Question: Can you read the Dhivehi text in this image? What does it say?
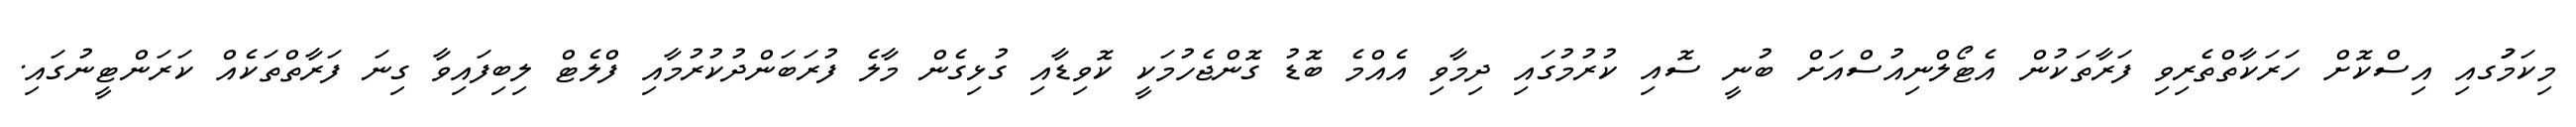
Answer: މިކަމުަގއި އިސްކޮށް ހަރަކާތްތެރިވި ފަރާތަކުން އެޓޯލްނިއުސްއަށް ބުނީ ސޮއި ކުރުމުގައި ދިމާވި އެއްމެ ބޮޑު ގޮންޖެހުމަކީ ކޮވިޑާއި ގުޅިގެން މާލެ ފުރަބަންދުކުރުމާއި ފްލެޓް ލިބިފައިވާ ގިނަ ފަރާތްތަކެއް ކަރަންޓީނުގައި.